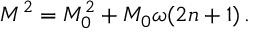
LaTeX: M ^ { 2 } = M _ { 0 } ^ { 2 } + M _ { 0 } \omega ( 2 n + 1 ) \, .